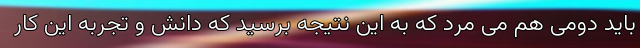
باید دومی هم می مرد که به این نتیجه برسید که دانش و تجربه این کار